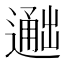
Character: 𬩐